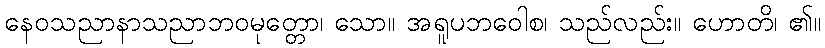
နေဝသညာနာသညာဘဝမုတ္တော၊ သော။ အရူပဘဝေါစ၊ သည်လည်း။ ဟောတိ၊ ၏။